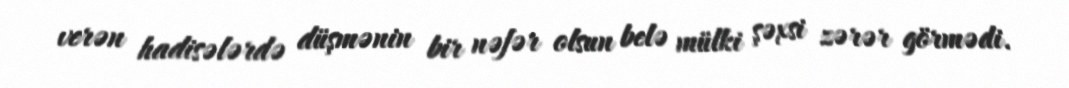
verən hadisələrdə düşmənin bir nəfər olsun belə mülki şəxsi zərər görmədi.